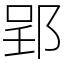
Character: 郢